system: You are a helpful assistant.
user:
Analyze the provided spectrum to determine if it is a **Carbon Star (C-type)**.

- **Key Visual Indicators of Carbon Star:**
    - **(Primary):** Strong molecular absorption from **C₂ (diatomic carbon) "Swan Bands."** This is the **defining feature** of a carbon star.
        - **(Key Bandheads):** Sharp absorption edges are visible at approximately $5635$ Å, $5165$ Å (the strongest band), and $4737$ Å.
        - **(Line Profile):** Creates a distinct **"saw-tooth"** pattern. The key morphology is a sharp, steep bandhead on the **red (long-wavelength) side**, which then gradually tapers off (i.e., flux recovers) towards the **blue (short-wavelength) side**. *(This is the direct opposite of the TiO bands seen in M-type stars)*.

    - **(Secondary):** Intense **CN (cyanogen)** molecular absorption bands.
        - **(Key Bandheads):** Located in the blue and violet regions of the spectrum (e.g., near $4215$ Å and $3883$ Å).
        - **(Morphology):** These bands are extremely broad and act as a "blanket," absorbing the vast majority of blue and violet light. This creates a characteristic **"cliff"** or **"steep drop-off"** in the spectrum's flux at short wavelengths.

    - **(Key Confirmation):** Strong **CH absorption band (G-band)**.
        - **(Key Bandhead):** Located around $4300$ Å. The contribution from CH molecules to this band is exceptionally strong.

    - **(Overall Spectrum):**
        - The continuum is severely "chopped up" by these deep molecular bands, especially C₂, rather than appearing as a smooth curve.
        - Due to the heavy CN and C₂ absorption in the blue-green, the vast majority of the star's flux is concentrated in the red part of the spectrum, giving the star its characteristic deep red color.

Think first, call **spectral_visualization_tool** if needed to examine features in detail, then provide your final answer. Your response must adhere to the following strict rules:
1.  **Overall Structure:** Your response must follow the format `<think>...</think> <tool_call>...</tool_call> (if a tool is used) <answer>...</answer>`.
2.  **Tool Usage Constraint:** You may only make **one** tool call per turn.
3.  **Final Answer Format:** In the `<answer>` tag, your conclusion must be inside a `\boxed{}` command (e.g., `\boxed{YES}`), followed by your justification.

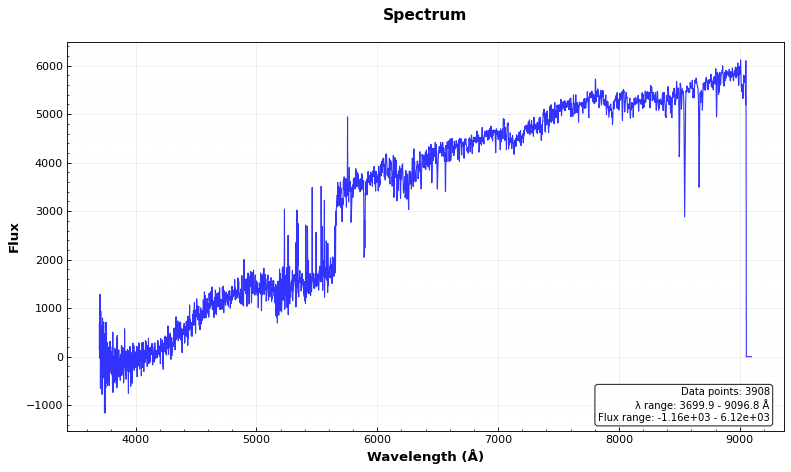
Answer: NO